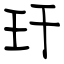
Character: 玕